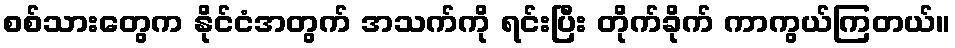
စစ်သားတွေက နိုင်ငံအတွက် အသက်ကို ရင်းပြီး တိုက်ခိုက် ကာကွယ်ကြတယ်။